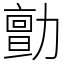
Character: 勯